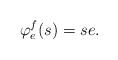
LaTeX: \begin{align*}\varphi^f_e(s) = se.\end{align*}